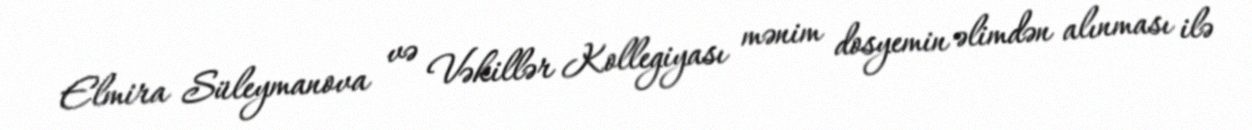
Elmira Süleymanova və Vəkillər Kollegiyası mənim dosyemin əlimdən alınması ilə